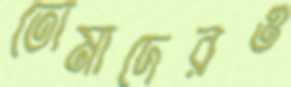
তোমাদেরও